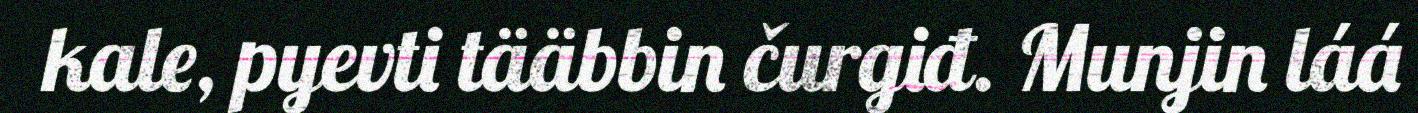
kale, pyevti tääbbin čurgiđ. Munjin láá